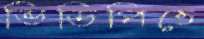
ভিডিপিতে